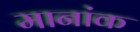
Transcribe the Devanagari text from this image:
मानांक